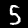
Digit: 5